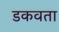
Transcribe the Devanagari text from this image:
डकवता